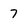
Character: 7